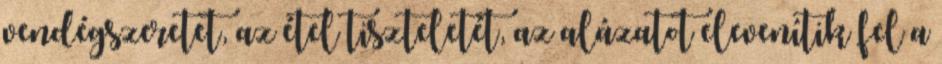
vendégszeretet, az étel tiszteletét, az alázatot elevenítik fel a